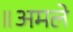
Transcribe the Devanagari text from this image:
॥अमले